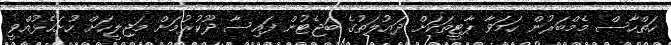
ހަތްހާސް މެމްބަރުން ހަމަވާ ޕާޓީތަކަށް ދައުލަތުގެ ބަޖެޓުން ފައިސާ ދޫކުރުމަށް މަޖިލީހަށް ހުށަހެޅުއްވީ